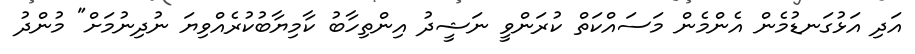
އަދި އަޅުގަނޑުމެން އެންމެން މަސައްކަތް ކުރަންވީ ނަޝީދު އިންތިހާބު ކާމިޔާބުކުރެއްވިޔަ ނުދިނުމަށް" މުންދު